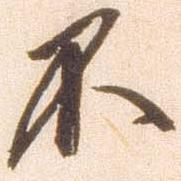
不